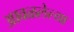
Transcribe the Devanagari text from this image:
आवळलेल्या